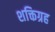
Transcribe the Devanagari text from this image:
शक्तिग्रह